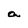
Character: a